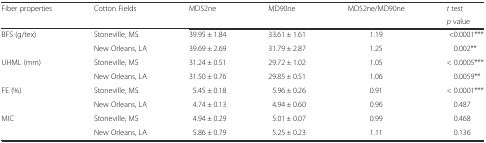
| <ROWSPAN=2> Fiber properties | <ROWSPAN=2> Cotton Fields | <ROWSPAN=2> MD52ne | <ROWSPAN=2> MD90ne | <ROWSPAN=2> MD52ne/MD90ne | t test |
 | p value |
 | --- | --- | --- | --- | --- | --- |
 | <ROWSPAN=2> BFS (g/tex) | Stoneville, MS | 39.95 ± 1.84 | 33.61 ± 1.61 | 1.19 | <0.0001*** |
 | New Orleans, LA | 39.69 ± 2.69 | 31.79 ± 2.87 | 1.25 | 0.002** |
 | <ROWSPAN=2> UHML (mm) | Stoneville, MS | 31.24 ± 0.51 | 29.72 ± 1.02 | 1.05 | < 0.0005*** |
 | New Orleans, LA | 31.50 ± 0.76 | 29.85 ± 0.51 | 1.06 | 0.0059** |
 | <ROWSPAN=2> FE (%) | Stoneville, MS | 5.45 ± 0.18 | 5.96 ± 0.26 | 0.91 | < 0.0001*** |
 | New Orleans, LA | 4.74 ± 0.13 | 4.94 ± 0.60 | 0.96 | 0.487 |
 | <ROWSPAN=2> MIC | Stoneville, MS | 4.94 ± 0.29 | 5.01 ± 0.07 | 0.99 | 0.468 |
 | New Orleans, LA | 5.86 ± 0.79 | 5.25 ± 0.23 | 1.11 | 0.136 |